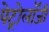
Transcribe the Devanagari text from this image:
पेट्रोलॉजी